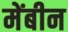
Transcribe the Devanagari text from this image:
मेंबीन